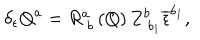
LaTeX: \delta _ { \epsilon } Q ^ { a } = R _ { \; b } ^ { a } \left( Q \right) Z _ { \; b _ { 1 } } ^ { b } \overline { { { \epsilon } } } ^ { b _ { 1 } } ,